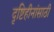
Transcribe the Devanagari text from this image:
दृष्टिहीनांसाठी